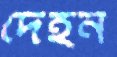
দেহন